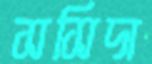
সসিদা